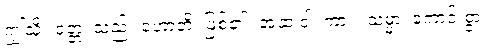
ဤသို့။ ဝုတ္တံ၊ သည်။ ဟောတိ၊ ဖြစ်၏။ အထ ဝါ၊ ကား။ သမ္မာ၊ ကောင်းစွာ။